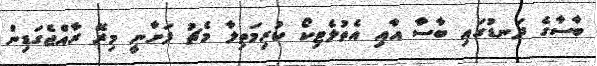
ބާސާގެ ދަނޑުގައި ބާސާ އާއި އެތުލެޓިކޯ ކުރިމަތިލާ މެޗު ފަށާނީ މިރޭ ރާއްޖެގަޑިން